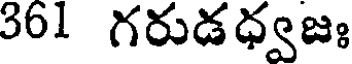
361 గరుడధ్వజః